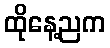
ထိုနေ့ညက